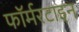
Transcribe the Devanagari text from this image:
फॉर्मरटाइन